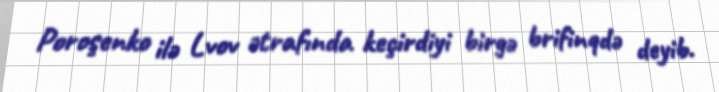
Poroşenko ilə Lvov ətrafında keçirdiyi birgə brifinqdə deyib.